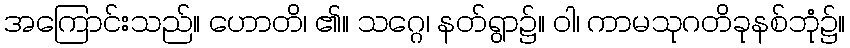
အကြောင်းသည်။ ဟောတိ၊ ၏။ သဂ္ဂေ၊ နတ်ရွာ၌။ ဝါ၊ ကာမသုဂတိခုနစ်ဘုံ၌။